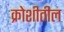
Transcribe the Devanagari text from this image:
क्रोशीतील